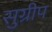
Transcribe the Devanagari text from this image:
सुग्रीप